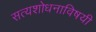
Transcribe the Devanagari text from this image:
सत्यशोधनाविषयी